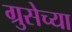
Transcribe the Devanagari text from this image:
ग्रुसेच्या